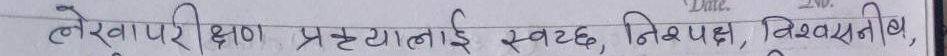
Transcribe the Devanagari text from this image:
तलेखा परीक्षण प्रणाली स्वच्छ, निष्पक्ष, विश्वसनीय,